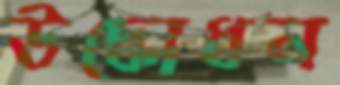
উদ্ধোধন